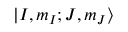
\lvert I , m _ { I } ; J , m _ { J } \rangle